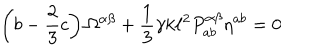
\left( b - \frac { 2 } { 3 } c \right) \Omega ^ { \alpha \beta } + \frac { 1 } { 3 } \gamma k \ell ^ { 2 } P _ { a b } ^ { \alpha \beta } \eta ^ { a b } = 0